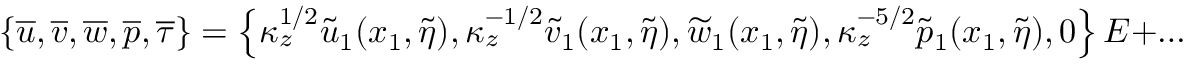
\left\lbrace \overline { { u } } , \overline { { v } } , \overline { { w } } , \overline { { p } } , \overline { { \tau } } \right\rbrace = \left\lbrace \kappa _ { z } ^ { 1 / 2 } \widetilde { u } _ { 1 } ( x _ { 1 } , \widetilde { \eta } ) , \kappa _ { z } ^ { - 1 / 2 } \widetilde { v } _ { 1 } ( x _ { 1 } , \widetilde { \eta } ) , \widetilde { w } _ { 1 } ( x _ { 1 } , \widetilde { \eta } ) , \kappa _ { z } ^ { - 5 / 2 } \widetilde { p } _ { 1 } ( x _ { 1 } , \widetilde { \eta } ) , 0 \right\rbrace E + \ldots .